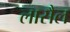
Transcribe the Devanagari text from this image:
लासैल